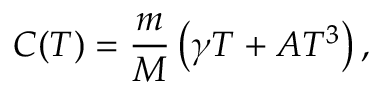
C ( T ) = \frac { m } { M } \left( \gamma T + A T ^ { 3 } \right) ,